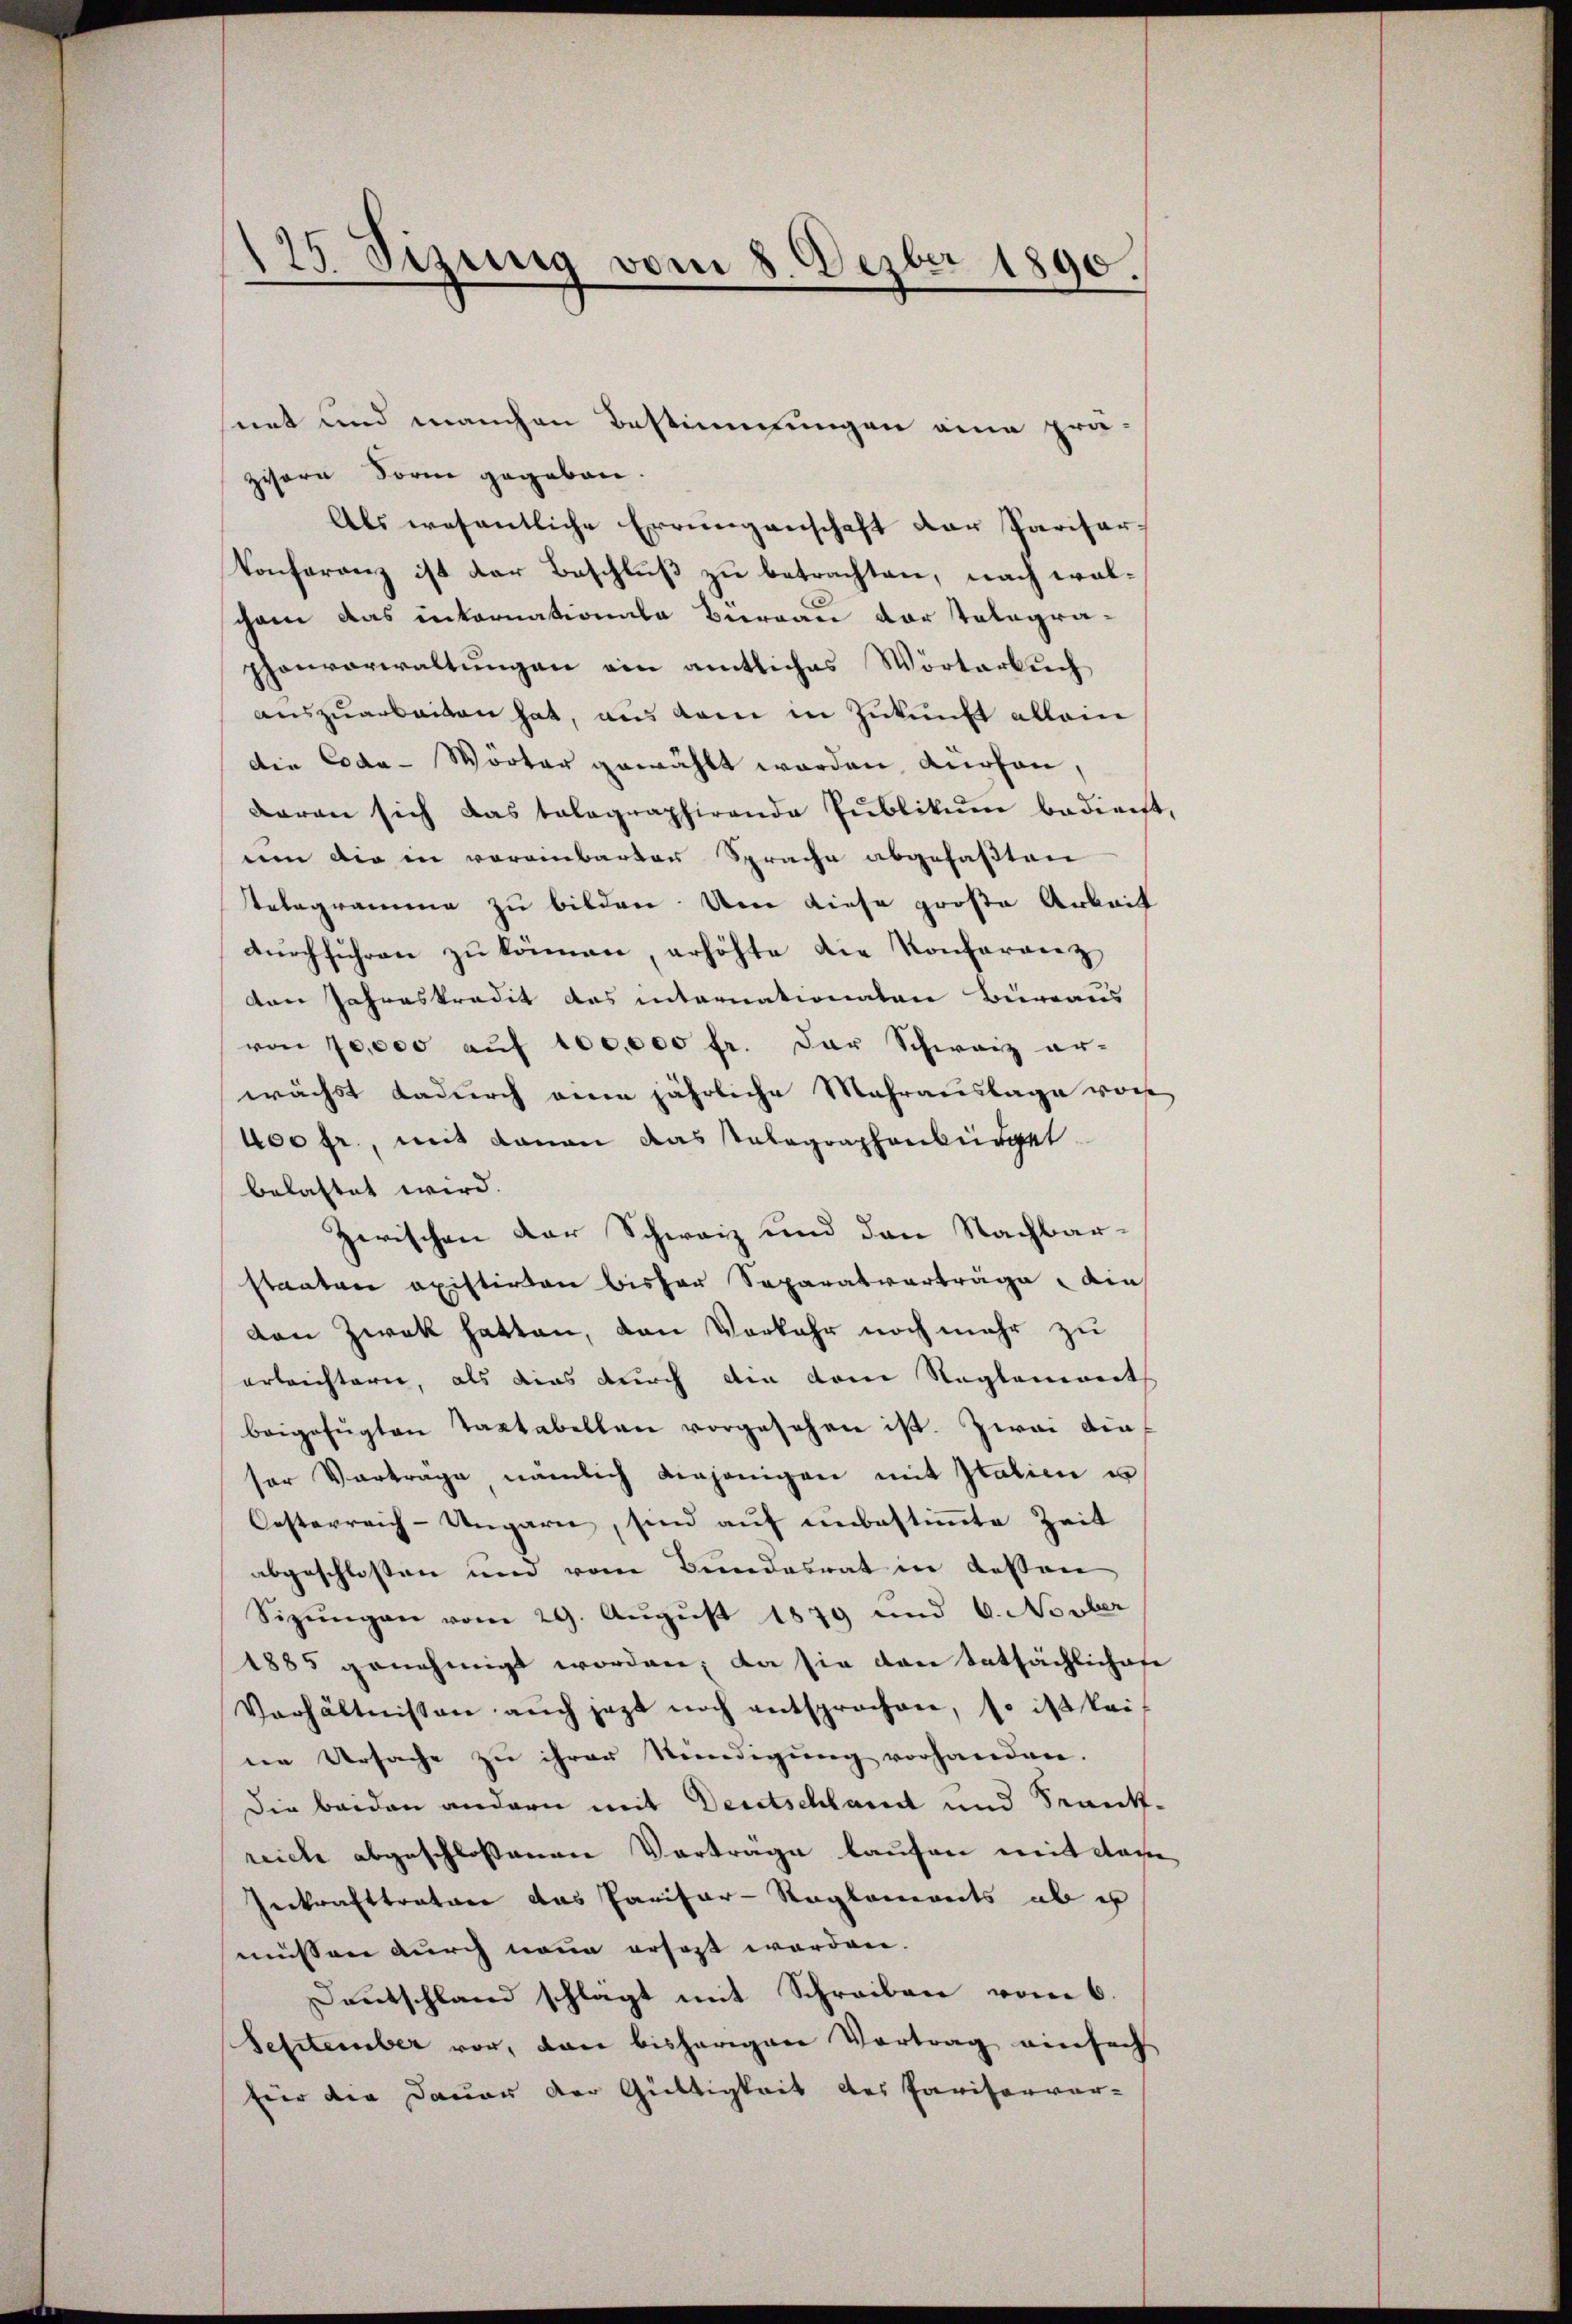
175 Sizung vom 8. Dezbr 1890.

net und manchen Bestimmungen eine prä-
zisern Form gegeben.
Als wesentliche Errungenschaft der Parisar,
Konferenz ist der Beschluß zu betrachten, nach walcham das internationale Büreau der Telegraphonverwaltungen ein amtliches Wörterbuch
auszuarbeiten hat, aus dem in Zukunft allein
Die Coda-Worter gewählt worden, dürfen,
daran sich das talographirende Publikum bedient,
um die in voreinbarten Sprache abgefaßten
Telegramme zu bilden. Um diese große Arbeit
durchführen zu können, erhöhte die Konferie z
den Jahreskradit des internationaten Büreaus
von 70,000 auf 100,000 fr. der Schweiz er-
wächst dadurch eine jährliche Mehrauslage von
400 fr., mit daran das Telegraphenbürger
belastet wird.
Zwischen der Schweiz und den Nachbarstaaten existirten bisher Separatverträge, ain
den Zwek hatten, den Vorkehr noch mehr zu
erleichtern, als dies durch den dem Reglement
beigefügten Taxtabellan vorgesehen ist. Zwai diesor Vortrage, nämlich diejenigen mit Italien u
Oesterreich-Ungarn, sind auf unbestimmte Zeit
abgeschloßen und vom Bundesrat in dessen
Sizungen vom 29. August 1879 und 6. Novber
1885 genehmigt worden; da sie den tatsächlichofe
Verhältnissen aŭch jezt noch entsprochen, so ist kei
ne Ursache zu ihrer Stündigung vorhanden.
Die beiden andern mit Deutschland und Sant-
reiche abgeschlossenen Vorträge laufen mit das
Inkrafttratier das Paritar-Reglements aber
müssen durch neue ersezt worden.
Deutschland schlägt mit Schreiben vom 6.
September vor, dann bisherigen Vortrag einfach
für die Dauer der Gültigkeit des Pariservor-